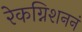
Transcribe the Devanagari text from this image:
रेकग्निशननं